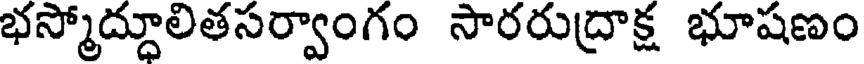
భస్మోద్దూలితసర్వాంగం సారరుద్రాక్ష భూషణం